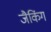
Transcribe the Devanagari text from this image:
जैकिंग